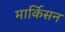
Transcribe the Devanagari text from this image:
मार्किसन